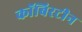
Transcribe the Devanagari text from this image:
कॉबिरटीन